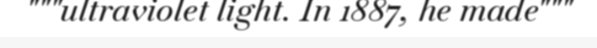
"""ultraviolet light. In 1887, he made"""